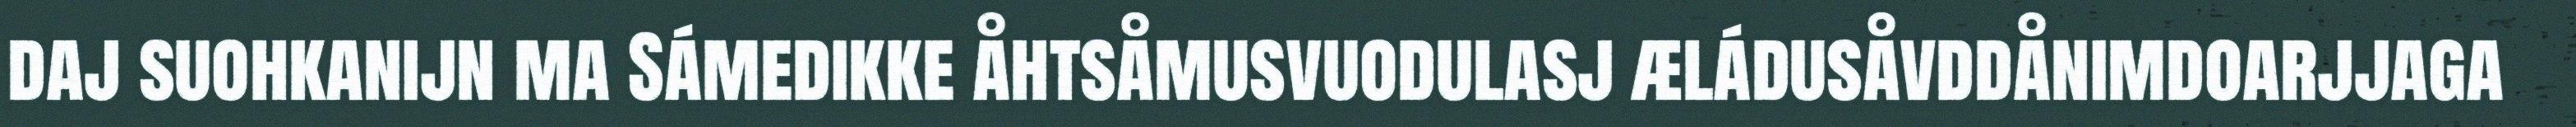
daj suohkanijn ma Sámedikke åhtsåmusvuodulasj æládusåvddånimdoarjjaga